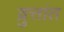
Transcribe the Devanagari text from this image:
व्रुत्तांत